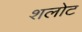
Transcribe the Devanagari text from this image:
शलोट